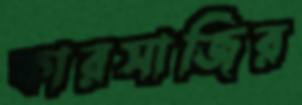
কারসাজির